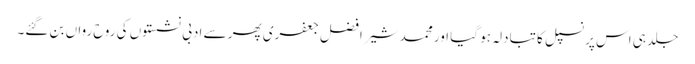
جلد ہی اس پرنسپل کا تبادلہ ہو گیا اور محمد شیر افضل جعفری پھر سے ادبی نشستوں کی روح رواں بن گئے۔